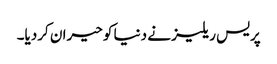
پریس ریلیز نے دنیا کو حیران کردیا۔